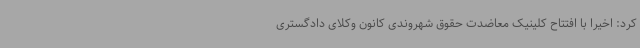
کرد: اخیرا با افتتاح کلینیک معاضدت حقوق شهروندی کانون وکلای دادگستری